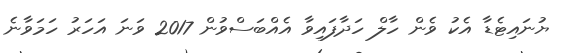
ޔުނައިޓެޑާ އެކު ވެން ހާލް ހަދާފައިވާ އެއްބަސްވުން 2017 ވަނަ އަހަރު ހަމަވާނެ